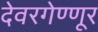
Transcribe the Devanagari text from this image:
देवरगेण्णूर